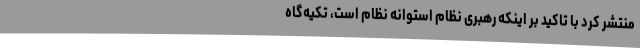
منتشر کرد با تاکید بر اینکه رهبری نظام استوانه نظام است، تکیه‌گاه